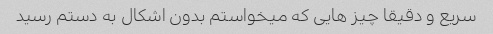
سریع و دقیقا چیز هایی که میخواستم بدون اشکال به دستم رسید